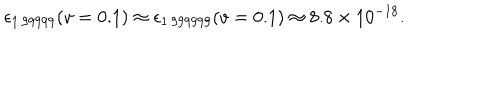
LaTeX: \epsilon _ { 1 . 9 9 9 9 9 } ( v = 0 . 1 ) \approx \epsilon _ { 1 . 9 9 9 9 9 9 } ( v = 0 . 1 ) \approx 8 . 8 \times 1 0 ^ { - 1 8 } .